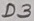
Text: D3